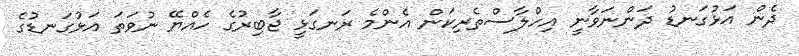
ދެން އަޅުގަނޑު ދަންނަވާނީ އިހްލާސްތެރިކަން އެންމެ ރަނގަޅީ ޖާބިރުގެ ހެއްޔޭ ނުވަތަ އަޅުގަނޑުގެ